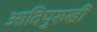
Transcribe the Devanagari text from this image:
आदिपुरुखीं